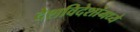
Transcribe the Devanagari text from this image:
देशविदेशांमध्ये